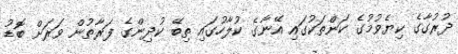
ދުރުގާގެ ކިޔެވުމުގެ ކަންތަކުގައި އޭނާގެ ކުލާހުގައި ތިބޭ ކުދިންގެ ފަރާތުން ވަރަށް ބޮޑު